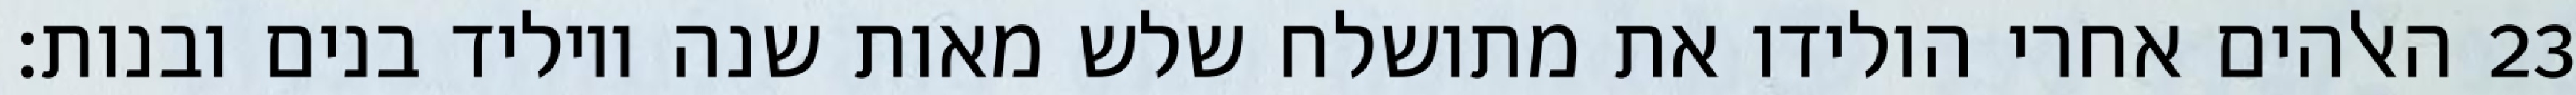
האלהים אחרי הולידו את מתושלח שלש מאות שנה ויוליד בנים ובנות׃ ‎23‏